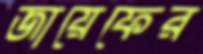
জায়েফের